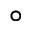
^ \circ